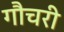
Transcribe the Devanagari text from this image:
गौचरी